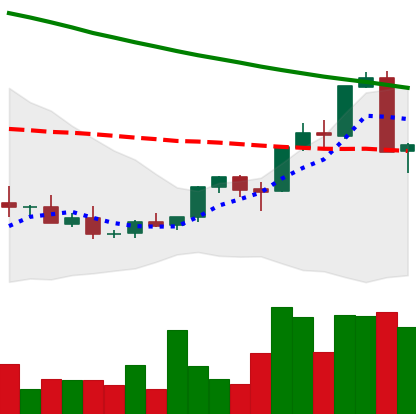
Ticker: XMR-USD
Chart end date: 2018-09-06
Forward return: -10.082%
Label: down_7plus